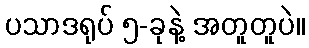
ပသာဒရုပ် ၅-ခုနဲ့ အတူတူပဲ။